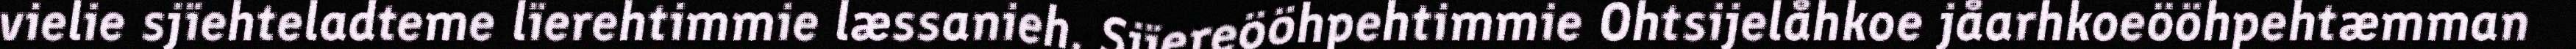
vielie sjïehteladteme lïerehtimmie læssanieh. Sjïereööhpehtimmie Ohtsijelåhkoe jåarhkoeööhpehtæmman